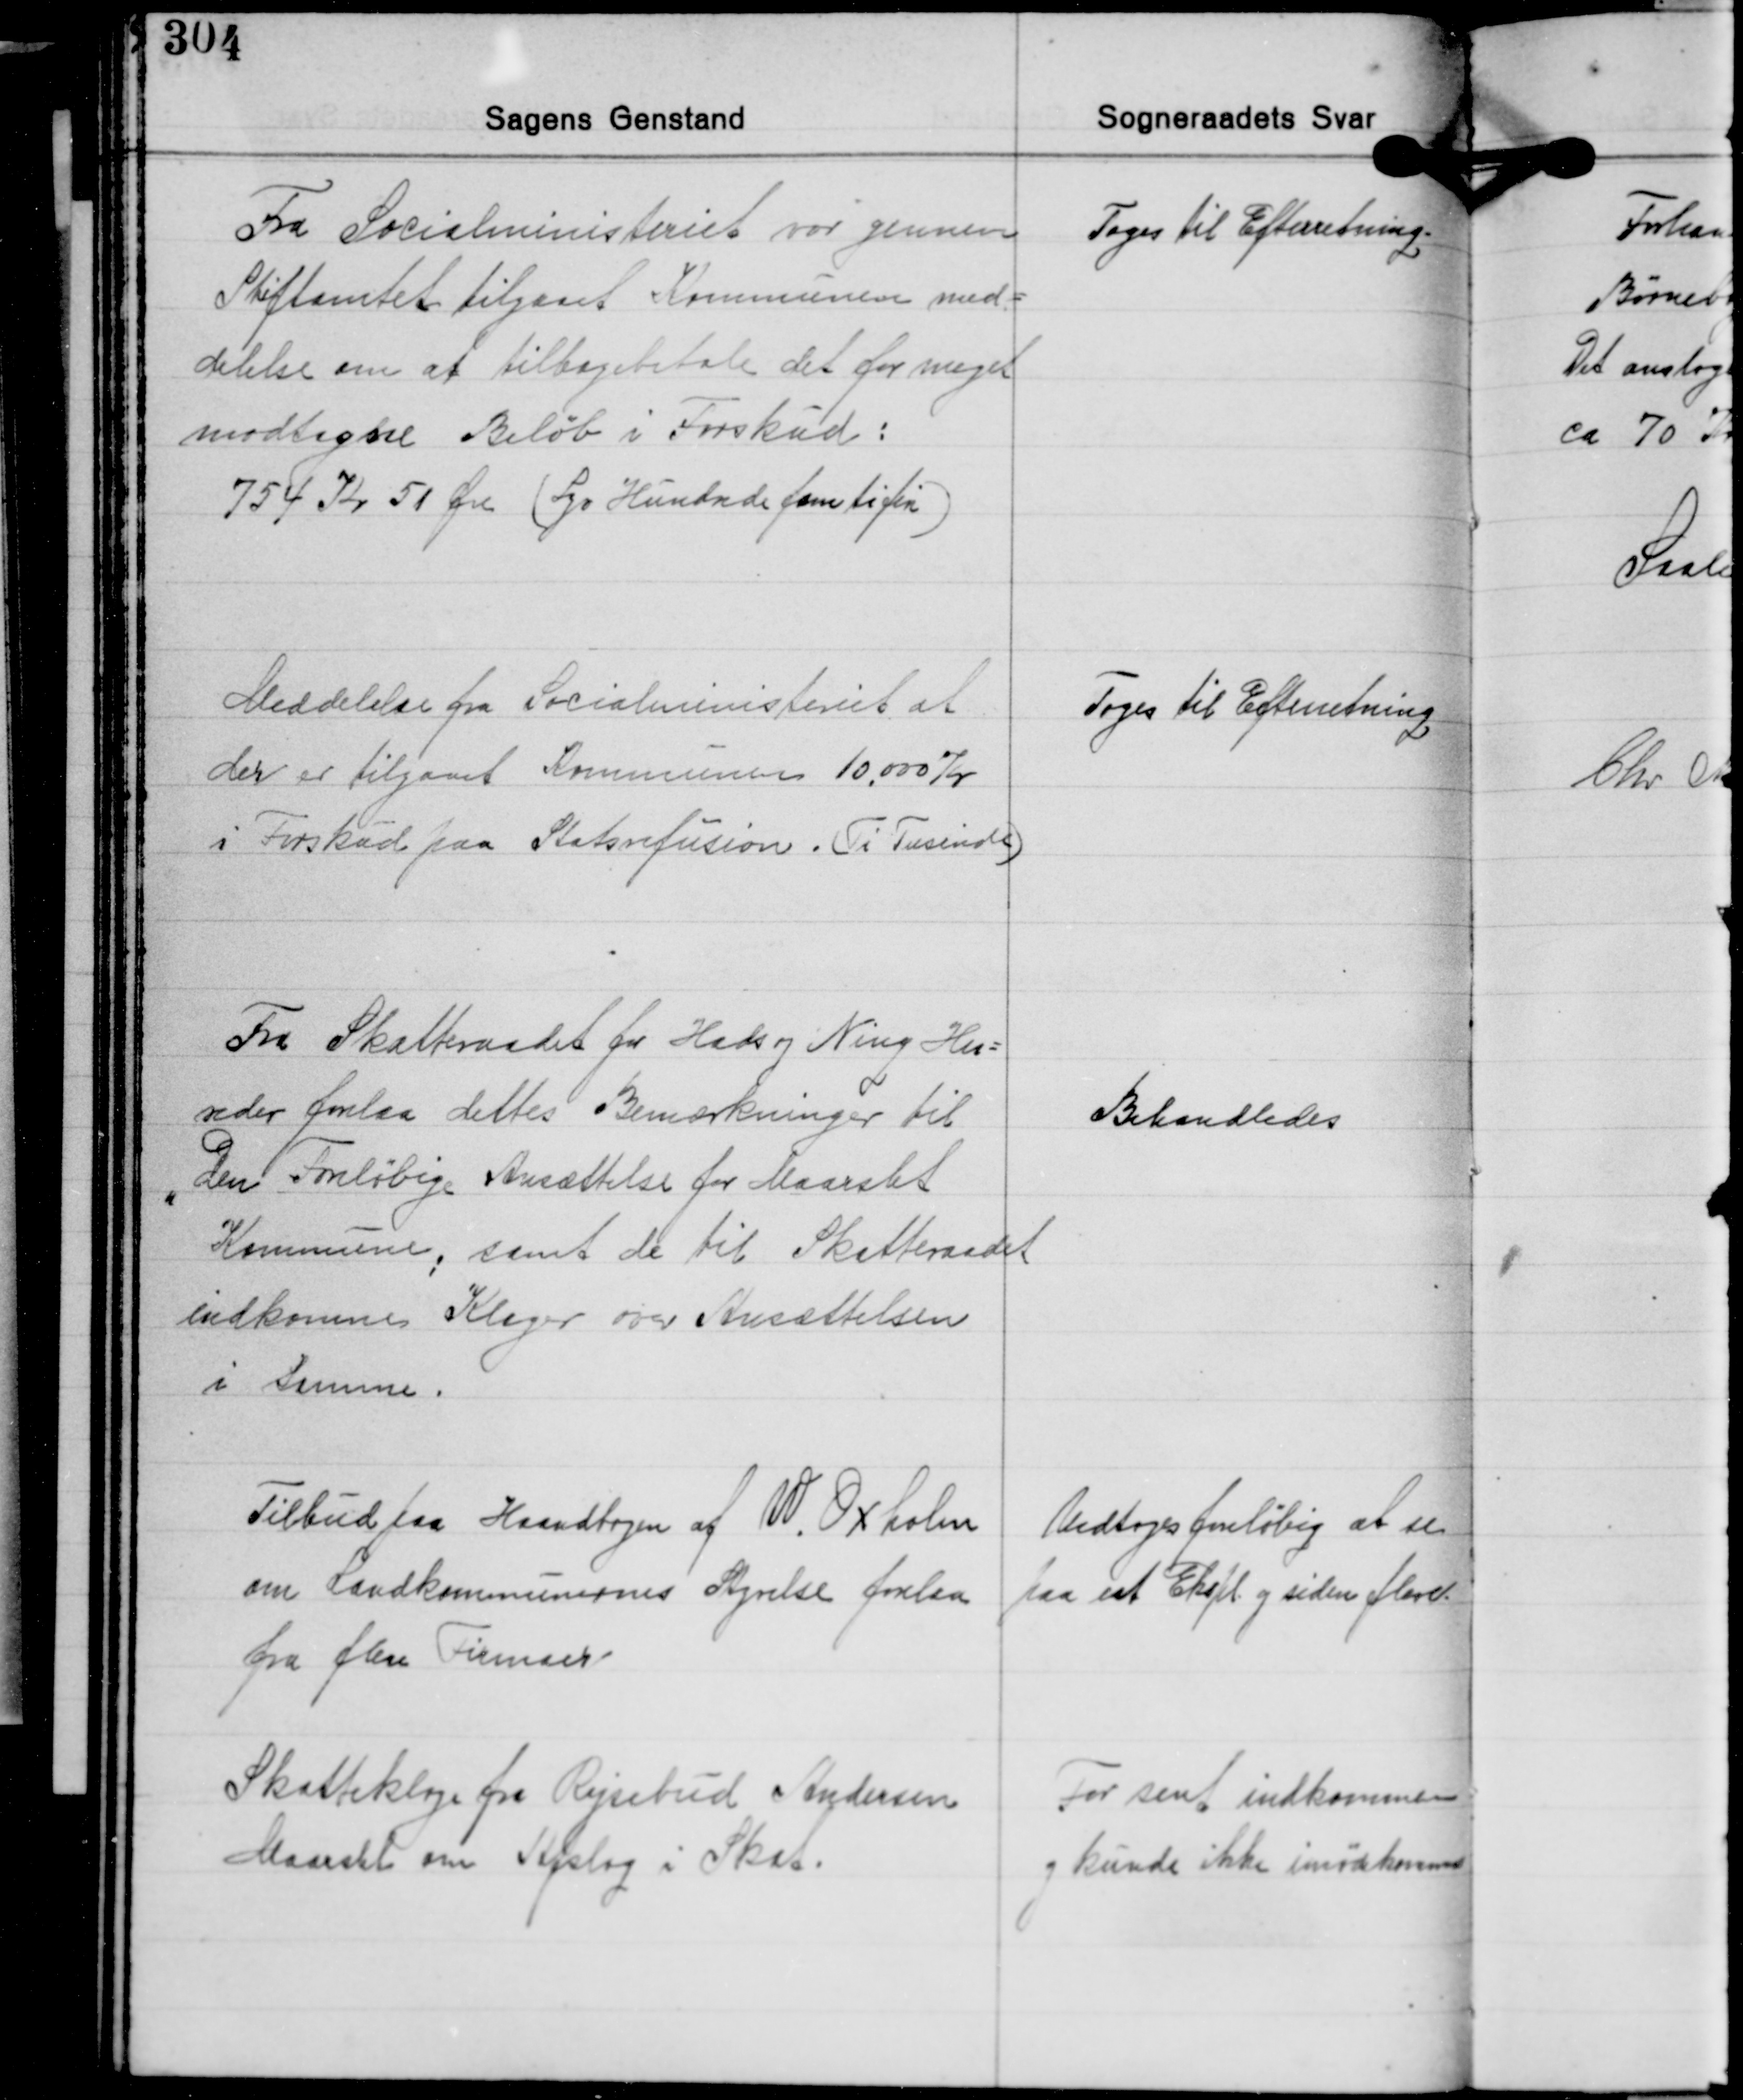
Transskription:
Fra Socialministeriet var gennem
Stiftamtet tilgaaet Kommunen med-
delelse om at tilbagebetale det for meget
modtagne Beløb i Forskud:
754 Kr. 50 Øre (Syv Hundrede femtifire)

Toges til Efterretning.

Meddelelse fra Socialministeriet at
der er tilgaaet Kommunen 10.000 Kr.
i Forskud paa Statsrefusion. (Ti Tusinde)

Toges til Efterretning

Fra Skatteraadet for Hads og Ning Her-
reder forelaa dettes Bemærkninger til
den Foreløbige Ansættelse for Maarslet
Kommune; samt de til Skatteraadet
indkomne Klager over Ansættelsen
i samme.

Behandledes

Tilbud paa Haandbogen af W. Oxholm
om Landkommunernes Styrelse forelaa
fra flere Firmaer

Vedtoges foreløbig at se
paa eet Ekspl. og siden flere.

Skatteklage fra Rejsebud Andersen
Maarslet om Afslag i Skat.

For sent indkommen
og kunde ikke imødkommes